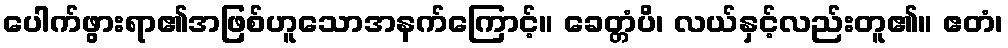
ပေါက်ဖွားရာ၏အဖြစ်ဟူသောအနက်ကြောင့်။ ခေတ္တံပိ၊ လယ်နှင့်လည်းတူ၏။ ဧတံ၊